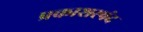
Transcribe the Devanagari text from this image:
प्रकाशस्पंद